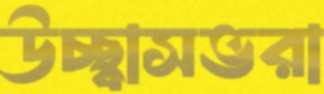
উচ্ছ্বাসভরা